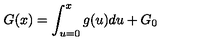
G ( x ) = \int _ { u = 0 } ^ { x } g ( u ) d u + G _ { 0 }